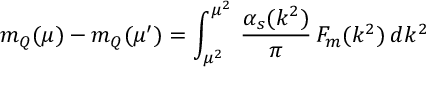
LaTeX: m _ { Q } ( \mu ) - m _ { Q } ( \mu ^ { \prime } ) = \int _ { \mu ^ { 2 } } ^ { \mu ^ { 2 } } \, \frac { \alpha _ { s } ( k ^ { 2 } ) } { \pi } \, F _ { m } ( k ^ { 2 } ) \: d k ^ { 2 }